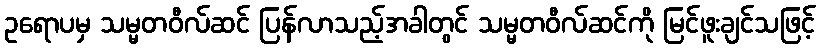
ဥရောပမှ သမ္မတဝီလ်ဆင် ပြန်လာသည့်အခါတွင် သမ္မတဝီလ်ဆင်ကို မြင်ဖူးချင်သဖြင့်